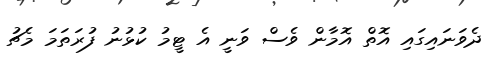
ދެވަނައިގައި އޮތް އޮމާން ވެސް ވަނީ އެ ޓީމު ކުޅުނު ފުރަތަމަ މެޗު